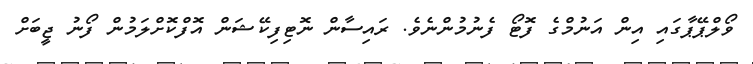
ވޯލްޕޭޕާގައި އިން އަނުމްގެ ފޮޓޯ ފެނުމުންނެވެ. ރައިސާން ނޮޓިފިކޭޝަން އޮފްކޮށްލަމުން ފޯނު ޖީބަށް